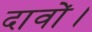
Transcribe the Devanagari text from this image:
दावों।